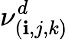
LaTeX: \nu_{(\mathbf{i},j,k)}^{d}